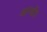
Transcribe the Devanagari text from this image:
अग्न्ध्रीा